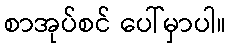
စာအုပ်စင် ပေါ်မှာပါ။